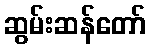
ဆွမ်းဆန်တော်